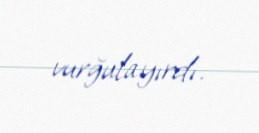
vurğulayırdı.